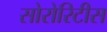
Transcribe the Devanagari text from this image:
सोरोरिटीस